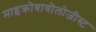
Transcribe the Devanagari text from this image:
माइक्रोबायोलोजीस्ट